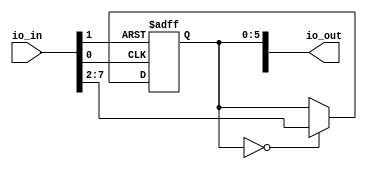

module gameshow_buzzer (
  input [7:0] io_in,
  output [7:0] io_out
);

  wire [5:0] buzzer_inputs;
  wire clk;
  wire rst;

  reg [5:0] buzzer_lockout_reg;

  assign clk = io_in[0];
  assign rst = io_in[1];
  assign buzzer_inputs = io_in[7:2];


  always @(posedge clk, posedge rst) begin
    if (rst) begin
      buzzer_lockout_reg <= 6'b000000;
    end else if (buzzer_lockout_reg== 6'b000000) begin
      buzzer_lockout_reg <= buzzer_inputs;
    end
  end

  assign io_out[5:0] = buzzer_lockout_reg;

endmodule